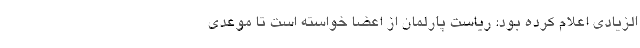
الزیادی اعلام کرده بود: ریاست پارلمان از اعضا خواسته است تا موعدی